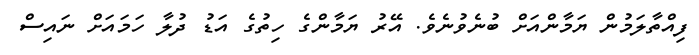
ފިއްތާލަމުން ޔަމާންއަށް ބުނެވުނެވެ. އޭރު ޔަމާންގެ ހިތުގެ އަޑު ދުލާ ހަމައަށް ނައިސް